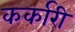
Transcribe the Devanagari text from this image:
कर्कारी